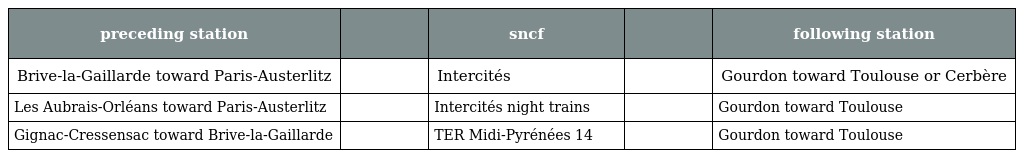
| preceding station |  | sncf |  | following station |
 | --- | --- | --- | --- | --- |
 | Brive-la-Gaillarde toward Paris-Austerlitz |  | Intercités |  | Gourdon toward Toulouse or Cerbère |
 | Les Aubrais-Orléans toward Paris-Austerlitz |  | Intercités night trains |  | Gourdon toward Toulouse |
 | Gignac-Cressensac toward Brive-la-Gaillarde |  | TER Midi-Pyrénées 14 |  | Gourdon toward Toulouse |